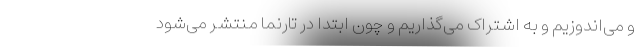
و می‌اندوزیم و به اشتراک می‌گذاریم و چون ابتدا در تارنما منتشر می‌شود